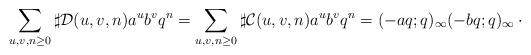
LaTeX: \begin{align*}\sum_{u,v,n\geq 0} \sharp \mathcal{D}(u,v,n) a^u b^v q^n = \sum_{u,v,n\geq 0} \sharp \mathcal{C}(u,v,n) a^u b^v q^n =(-aq;q)_{\infty} (-bq;q)_{\infty}\,\cdot\end{align*}